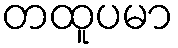
တထူပမာ